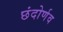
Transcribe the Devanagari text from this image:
छंदोर्णव